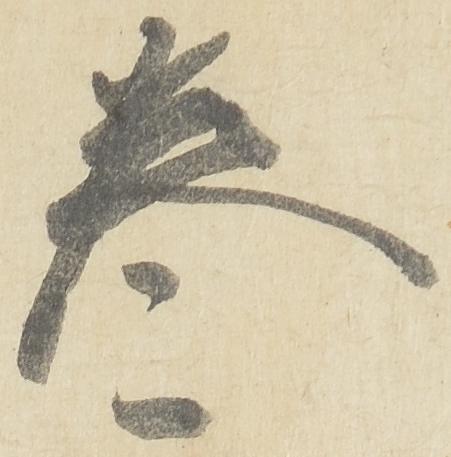
巻